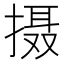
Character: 摄